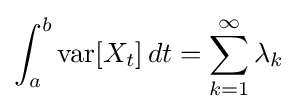
\int _{a}^{b}\operatorname {var} [X_{t}]\,dt=\sum _{k=1}^{\infty }\lambda _{k}